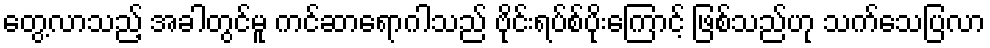
တွေ့လာသည့် အခါတွင်မူ ကင်ဆာရောဂါသည် ဗိုင်းရပ်စ်ပိုးကြောင့် ဖြစ်သည်ဟု သက်သေပြလာ